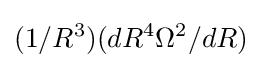
(1/R^{3})(dR^{4}\Omega ^{2}/dR)\